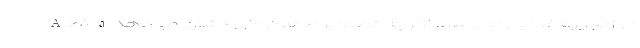
در زنجیره غذایی می‌رسد. اگرچه تصاویر ماهواره‌ای نشان می‌دهد A ۶۸ a